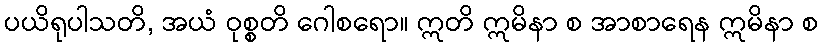
ပယိရုပါသတိ, အယံ ဝုစ္စတိ ဂေါစရော။ ဣတိ ဣမိနာ စ အာစာရေန ဣမိနာ စ